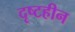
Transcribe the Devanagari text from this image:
दृष्टहीन